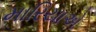
મારિયાએ